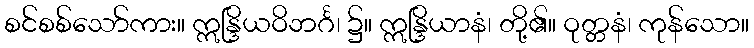
စင်စစ်သော်ကား။ ဣန္ဒြိယဝိဘင်္ဂ၊ ၌။ ဣန္ဒြိယာနံ၊ တို့၏။ ဝုတ္တနံ၊ ကုန်သော။